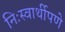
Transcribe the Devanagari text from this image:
निःस्वार्थीपणे